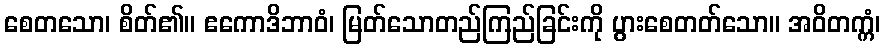
စေတသော၊ စိတ်၏။ ဧကောဒိဘာဝံ၊ မြတ်သောတည်ကြည်ခြင်းကို ပွားစေတတ်သော။ အဝိတက္ကံ၊